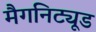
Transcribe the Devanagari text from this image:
मैगनिट्यूड